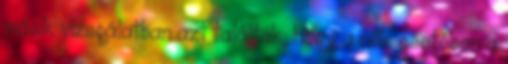
másik vizsgálatban azt találták, hogy a nők esetében a